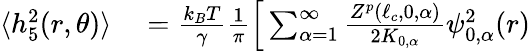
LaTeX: \begin{array}{rl}{\langle h_{5}^{2}(r,\theta)\rangle}&{{}=\frac{k_{B}T}{\gamma}\frac{1}{\pi}\Big[\sum_{\alpha=1}^{\infty}\frac{Z^{p}(\ell_{c},0,\alpha)}{2K_{0,\alpha}}\psi_{0,\alpha}^{2}(r)}\end{array}